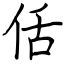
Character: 佸